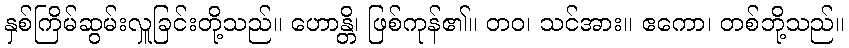
နှစ်ကြိမ်ဆွမ်းလှူခြင်းတို့သည်။ ဟောန္တိ၊ ဖြစ်ကုန်၏။ တဝ၊ သင်အား။ ဧကော၊ တစ်ဘို့သည်။